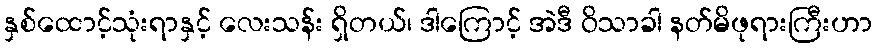
နှစ်ထောင့်သုံးရာနှင့် လေးသန်း ရှိတယ်၊ ဒါကြောင့် အဲဒီ ဝိသာခါ နတ်မိဖုရားကြီးဟာ